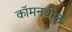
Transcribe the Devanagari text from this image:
कॉमनवील